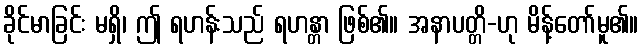
ခိုင်မာခြင်း မရှိ၊ ဤ ရဟန်းသည် ရဟန္တာ ဖြစ်၏။ အနာပတ္တိ-ဟု မိန့်တော်မူ၏။